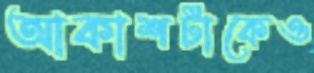
আকাশটাকেও